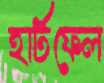
হার্টফেল